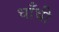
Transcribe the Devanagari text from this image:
धाँधी